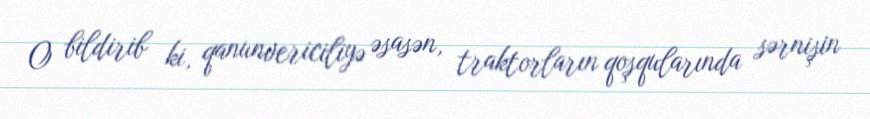
O bildirib ki, qanunvericiliyə əsasən, traktorların qoşqularında sərnişin